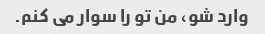
وارد شو، من تو را سوار می کنم.